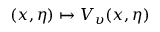
( x , \eta ) \mapsto V _ { \upsilon } ( x , \eta )